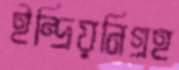
ইন্দ্রিয়নিগ্রহ